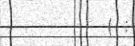
( :